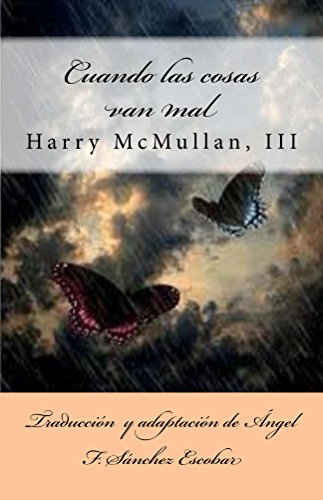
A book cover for CUANDO LAS COSAS VAN MAL: (Con citas de El libro de Urantia) (Spanish Edition); Religion & Spirituality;